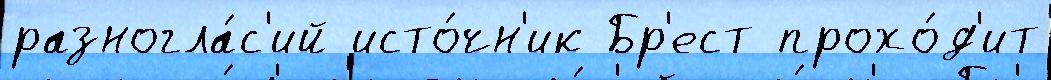
разногла́с'ий исто́чн'ик Бр'ест прохо́д'ит